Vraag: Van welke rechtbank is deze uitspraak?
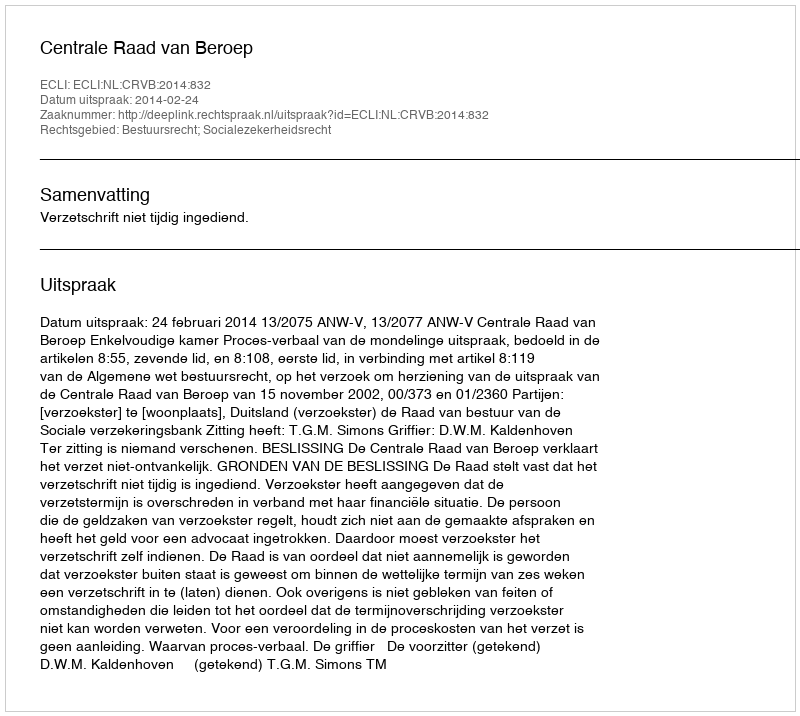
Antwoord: Centrale Raad van Beroep